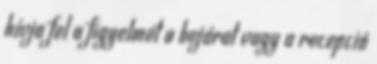
hívja fel a figyelmét a bejárat vagy a recepció